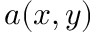
a ( x , y )